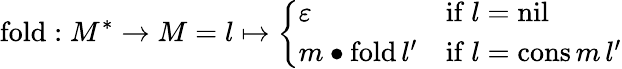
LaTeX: \mathrm{fold}:M^{*}\rightarrow M=l\mapsto{\left\{ \begin{array}{ll}{\varepsilon}&{{\mathrm{if~}}l=\mathrm{nil}}\\ {m\bullet\mathrm{fold}\, l^{\prime}}&{{\mathrm{if~}}l=\mathrm{cons}\, m\, l^{\prime}}\end{array}\right.}